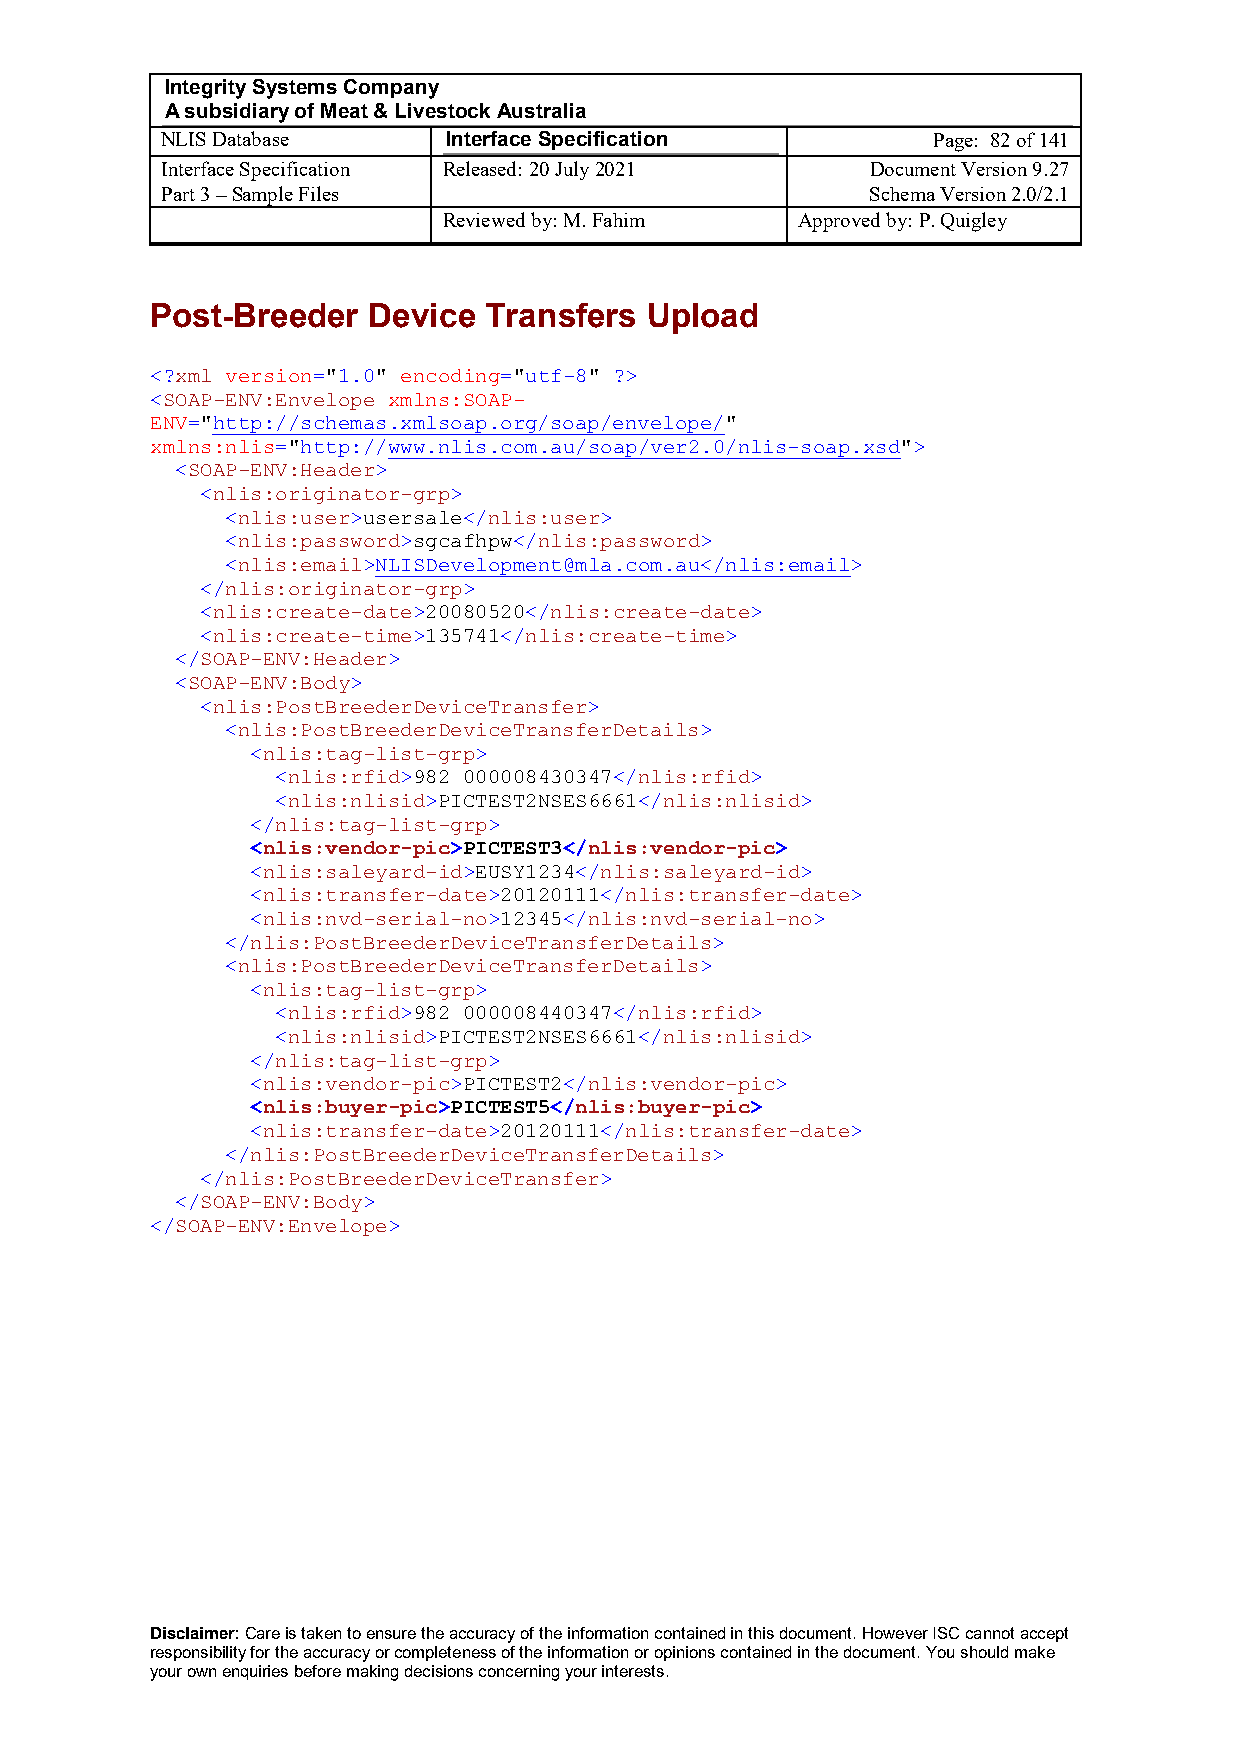
Integrity Systems Company
 A subsidiary of Meat & Livestock Australia
 NLIS Database      Interface Specification         Page: 82 of 141
 Interface Specification Released: 20 July 2021 Document Version 9.27
 Part 3 – Sample Files                          Schema Version 2.0/2.1
 Reviewed by: M. Fahim   Approved by: P. Quigley
 Post-Breeder  Device  Transfers  Upload
 <?xml version="1.0" encoding="utf-8" ?>
 <SOAP-ENV:Envelope xmlns:SOAP-
 ENV="http://schemas.xmlsoap.org/soap/envelope/"
 xmlns:nlis="http://www.nlis.com.au/soap/ver2.0/nlis-soap.xsd">
 <SOAP-ENV:Header>
 <nlis:originator-grp>
 <nlis:user>usersale</nlis:user>
 <nlis:password>sgcafhpw</nlis:password>
 <nlis:email>NLISDevelopment@mla.com.au</nlis:email>
 </nlis:originator-grp>
 <nlis:create-date>20080520</nlis:create-date>
 <nlis:create-time>135741</nlis:create-time>
 </SOAP-ENV:Header>
 <SOAP-ENV:Body>
 <nlis:PostBreederDeviceTransfer>
 <nlis:PostBreederDeviceTransferDetails>
 <nlis:tag-list-grp>
 <nlis:rfid>982 000008430347</nlis:rfid>
 <nlis:nlisid>PICTEST2NSES6661</nlis:nlisid>
 </nlis:tag-list-grp>
 <nlis:vendor-pic>PICTEST3</nlis:vendor-pic>
 <nlis:saleyard-id>EUSY1234</nlis:saleyard-id>
 <nlis:transfer-date>20120111</nlis:transfer-date>
 <nlis:nvd-serial-no>12345</nlis:nvd-serial-no>
 </nlis:PostBreederDeviceTransferDetails>
 <nlis:PostBreederDeviceTransferDetails>
 <nlis:tag-list-grp>
 <nlis:rfid>982 000008440347</nlis:rfid>
 <nlis:nlisid>PICTEST2NSES6661</nlis:nlisid>
 </nlis:tag-list-grp>
 <nlis:vendor-pic>PICTEST2</nlis:vendor-pic>
 <nlis:buyer-pic>PICTEST5</nlis:buyer-pic>
 <nlis:transfer-date>20120111</nlis:transfer-date>
 </nlis:PostBreederDeviceTransferDetails>
 </nlis:PostBreederDeviceTransfer>
 </SOAP-ENV:Body>
 </SOAP-ENV:Envelope>
 Disclaimer: Care is taken to ensure the accuracy of the information contained in this document. However ISC cannot accept
 responsibility for the accuracy or completeness of the information or opinions contained in the document. You should make
 your own enquiries before making decisions concerning your interests.